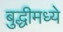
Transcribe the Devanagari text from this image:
बुद्धीमध्ये